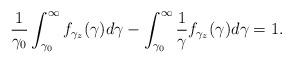
LaTeX: \begin{align*}\frac{1}{\gamma_0}\int^\infty_{\gamma_0}f_{\gamma_z}(\gamma) d\gamma-\int^\infty_{\gamma_0}\frac{1}{\gamma}f_{\gamma_z}(\gamma)d\gamma=1.\end{align*}